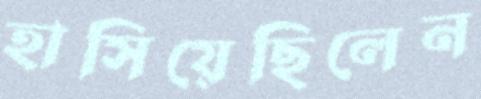
হাসিয়েছিলেন